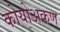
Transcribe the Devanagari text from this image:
कोयोअकण